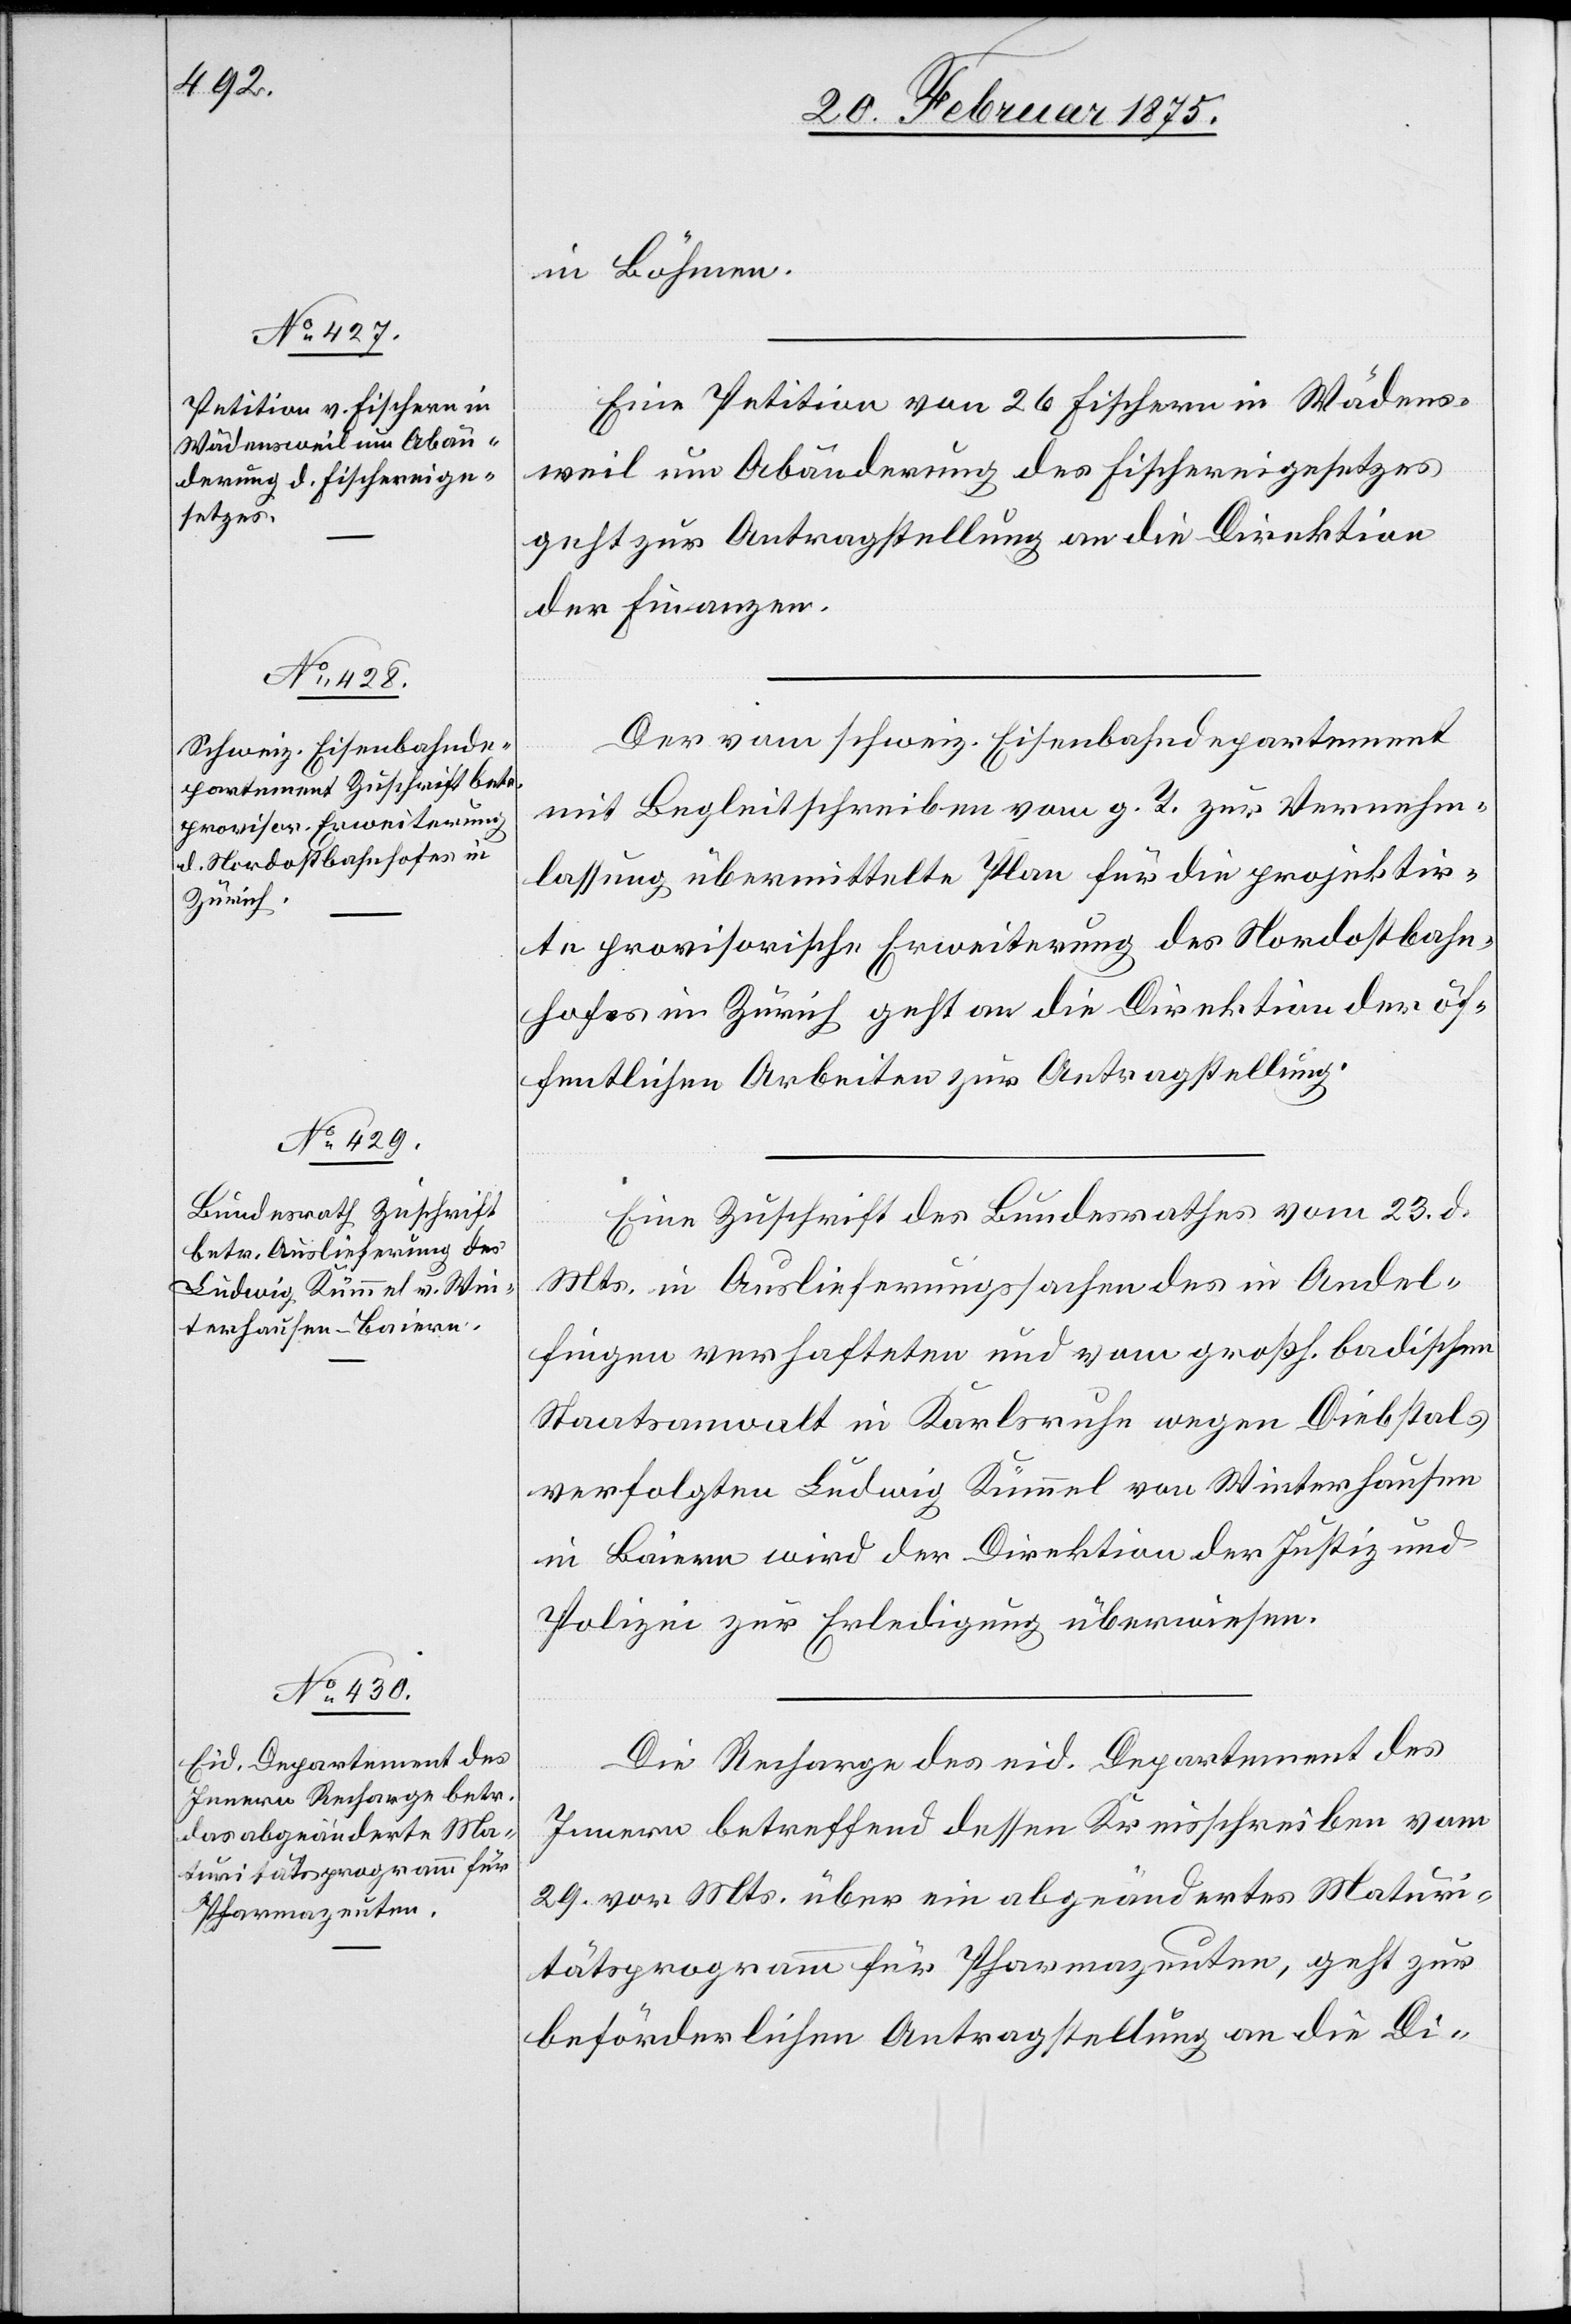
25. Februar 1875.]
in Böhmen.
Eine Petition von 26 Fischern in Wädens¬
weil um Abänderung des Fischereigesetzes
geht zur Antragstellung an die Direktion
der Finanzen.
Der vom schweiz. Eisenbahndepartement
mit Begleitschreiben vom g. T. zur Vernehm¬
lassung übermittelte Plan für die projektir¬
te provisorische Erweiterung des Nordostbahn¬
hofes in Zürich geht an die Direktion der öf¬
fentlichen Arbeiten zur Antragstellung.
Eine Zuschrift des Bundesrathes vom 23 d.
Mts. in Auslieferungssachen des in Andel¬
fingen verhafteten und vom großh. badischen
Staatsanwalt in Karlsruhe wegen Diebstals
verfolgten Ludwig Kümmel von Winterhausen
in Baiern wird der Direktion der Justiz und
Polizei zur Erledigung überwiesen.
Die Recharge des eid. Departement des
Innern betreffend dessen Kreisschreiben vom
29. vor. Mts. über ein abgeändertes Maturi¬
tätsprogramm für Pharmazeuten, geht zur
beförderlichen Antragstellung an die Di-